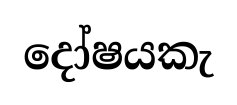
දෝෂයකැ